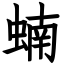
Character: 蝻